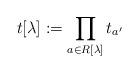
LaTeX: \begin{align*}t[\lambda] := \prod_{a\in R[\lambda]} t_{a'}\end{align*}